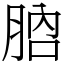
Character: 𦛚